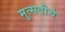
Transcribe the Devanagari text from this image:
मुत्सदीचे